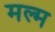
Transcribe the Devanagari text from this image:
मल्म